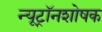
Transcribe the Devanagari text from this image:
न्यूट्रॉनशोषक